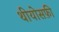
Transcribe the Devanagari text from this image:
थीयोसफ़ी